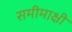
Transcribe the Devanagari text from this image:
समीमाक्षी